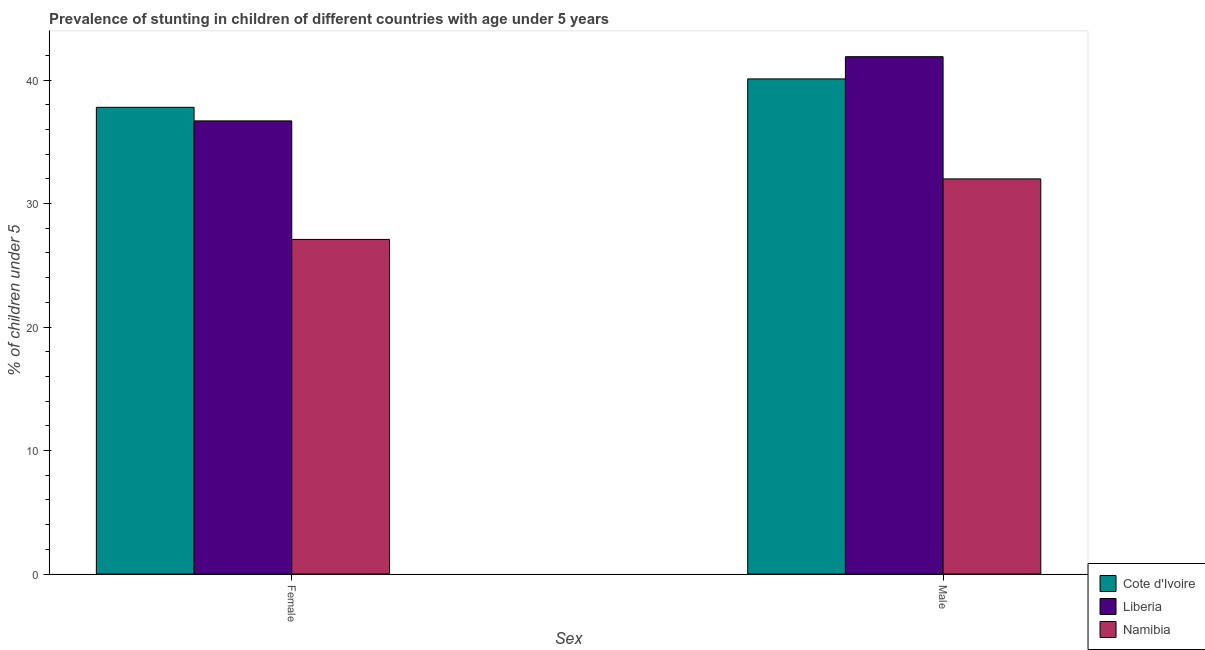
| Sex | Cote d'Ivoire | Liberia | Namibia |
 | --- | --- | --- | --- |
 | Female | 37.8 | 36.7 | 27.1 |
 | Male | 40.1 | 41.9 | 32 |